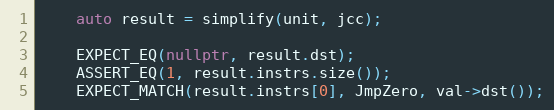
Language: C++
    auto result = simplify(unit, jcc);

    EXPECT_EQ(nullptr, result.dst);
    ASSERT_EQ(1, result.instrs.size());
    EXPECT_MATCH(result.instrs[0], JmpZero, val->dst());